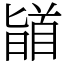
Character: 䭫